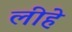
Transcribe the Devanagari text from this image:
लीहे